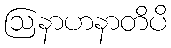
ဩနာဟနာတိပိ